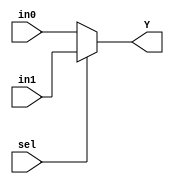

module muxer(sel, in0, in1, Y);
input [31:0] in0;
input [31:0] in1; 
input sel;
output reg [31:0] Y;

always @(in0 or in1 or sel)
begin

if(sel) 
Y= in1;
else
Y= in0;

end

endmodule